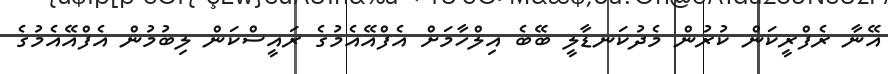
އޭނާ ރެފްރީކަން ކުރުން މެދުކަނޑާލީ ބޭބެ އިލްހާމަށް އެފްއޭއެމުގެ ރައީސްކަން ލިބުމުން އެފްއޭއެމުގެ